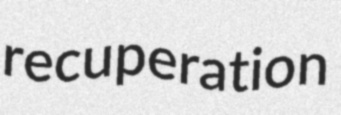
recuperation